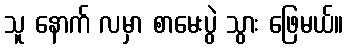
သူ နောက် လမှာ စာမေးပွဲ သွား ဖြေမယ်။